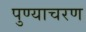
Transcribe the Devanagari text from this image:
पुण्याचरण